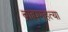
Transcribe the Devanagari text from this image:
ब्राह्मणहत्या